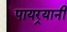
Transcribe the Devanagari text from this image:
पायर्‍यानी